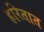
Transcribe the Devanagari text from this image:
हरितात